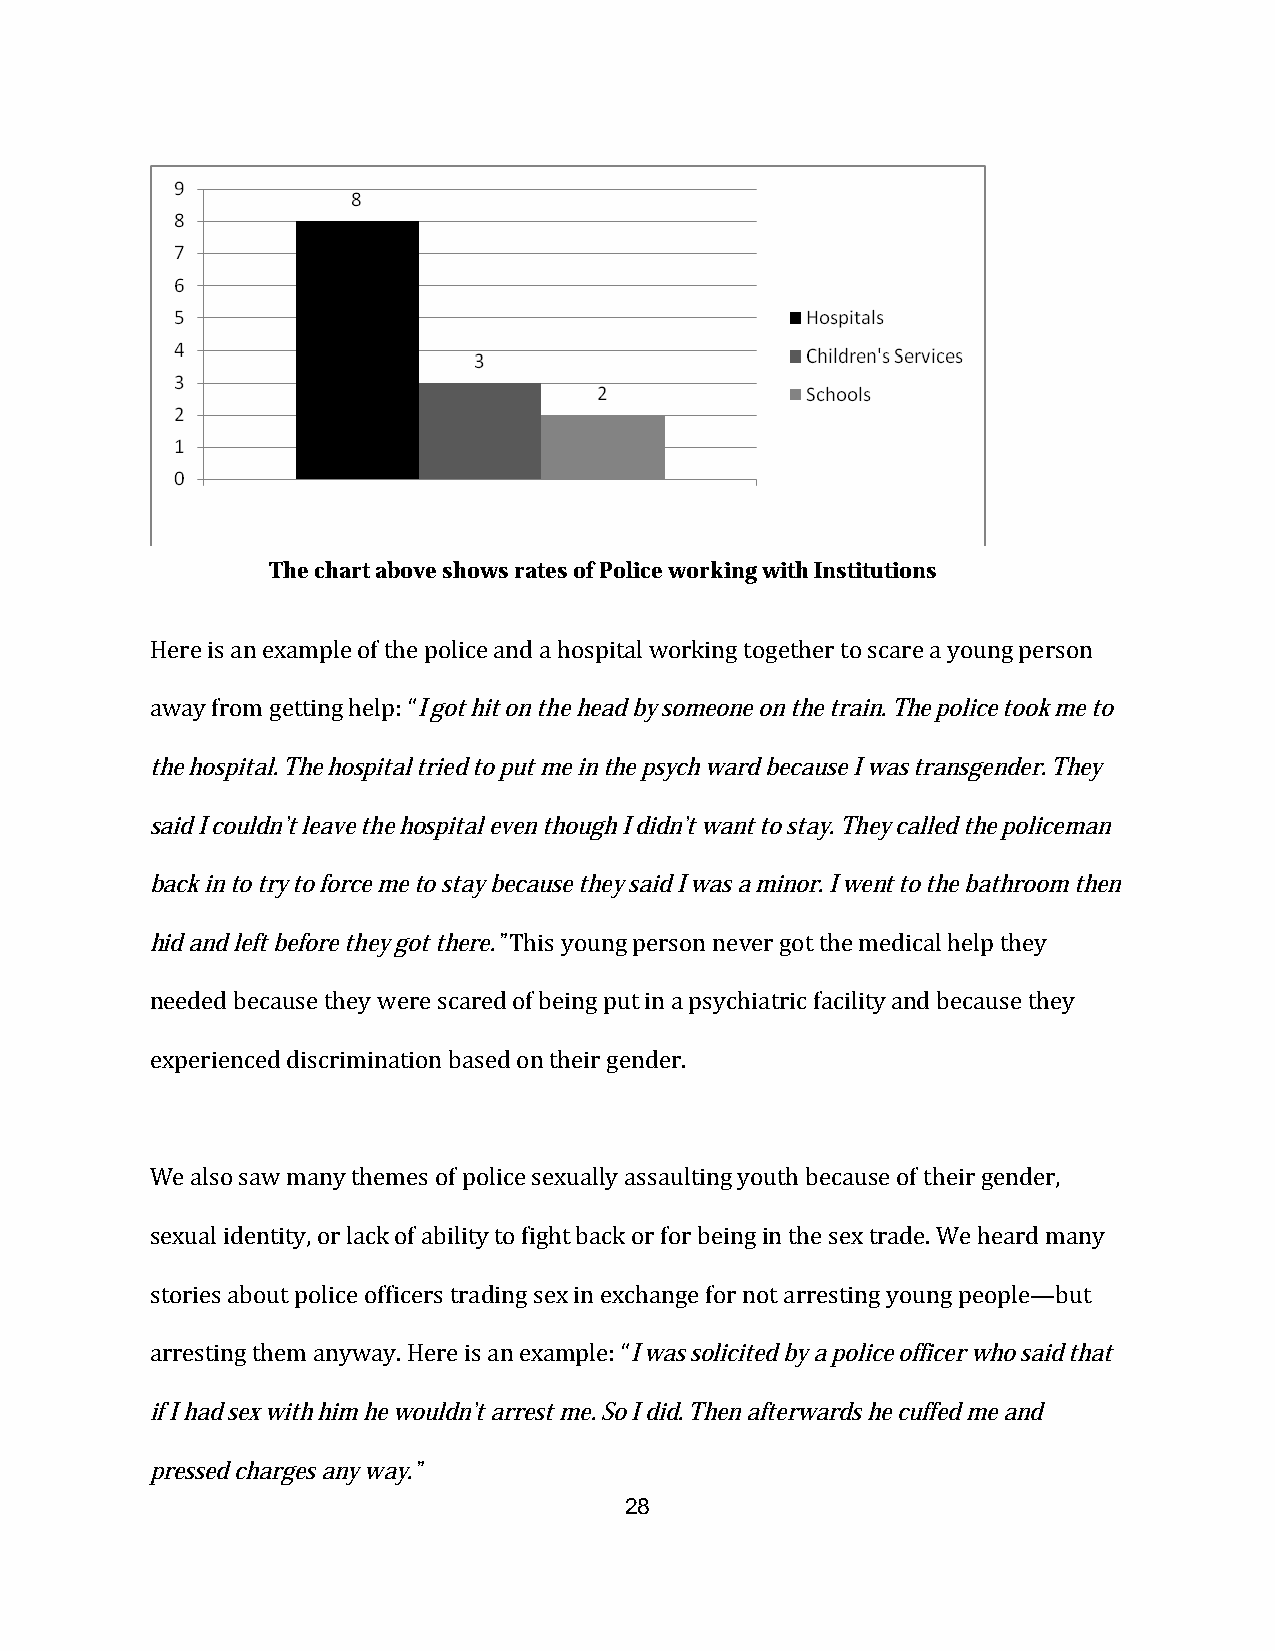
The chart above shows rates of Police working with Institutions
 Here is an example of the police and a hospital working together to scare a young person
 away from getting help: “I got hit on the head by someone on the train. The police took me to
 the hospital. The hospital tried to put me in the psych ward because I was transgender. They
 said I couldn’t leave the hospital even though I didn’t want to stay. They called the policeman
 back in to try to force me to stay because they said I was a minor. I went to the bathroom then
 hid and left before they got there.” This young person never got the medical help they
 needed because they were scared of being put in a psychiatric facility and because they
 experienced discrimination based on their gender.
 We also saw many themes of police sexually assaulting youth because of their gender,
 sexual identity, or lack of ability to fight back or for being in the sex trade. We heard many
 stories about police officers trading sex in exchange for not arresting young people—but
 arresting them anyway. Here is an example: “I was solicited by a police officer who said that
 if I had sex with him he wouldn’t arrest me. So I did. Then afterwards he cuffed me and
 pressed charges any way.”
 28